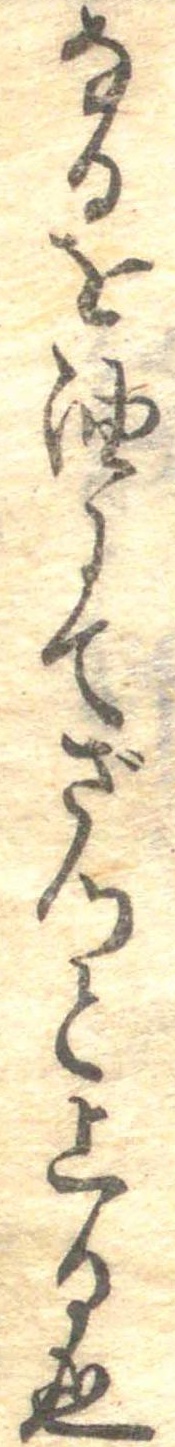
なるを油にてざつと上る也